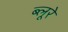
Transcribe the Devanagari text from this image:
ब्लूरे